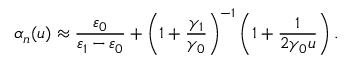
\alpha _ { n } ( u ) \approx \frac { \varepsilon _ { 0 } } { \varepsilon _ { 1 } - \varepsilon _ { 0 } } + \left( 1 + \frac { \gamma _ { 1 } } { \gamma _ { 0 } } \right) ^ { - 1 } \left( 1 + \frac { 1 } { 2 \gamma _ { 0 } u } \right) .